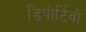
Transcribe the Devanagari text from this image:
डिपोर्टिवो